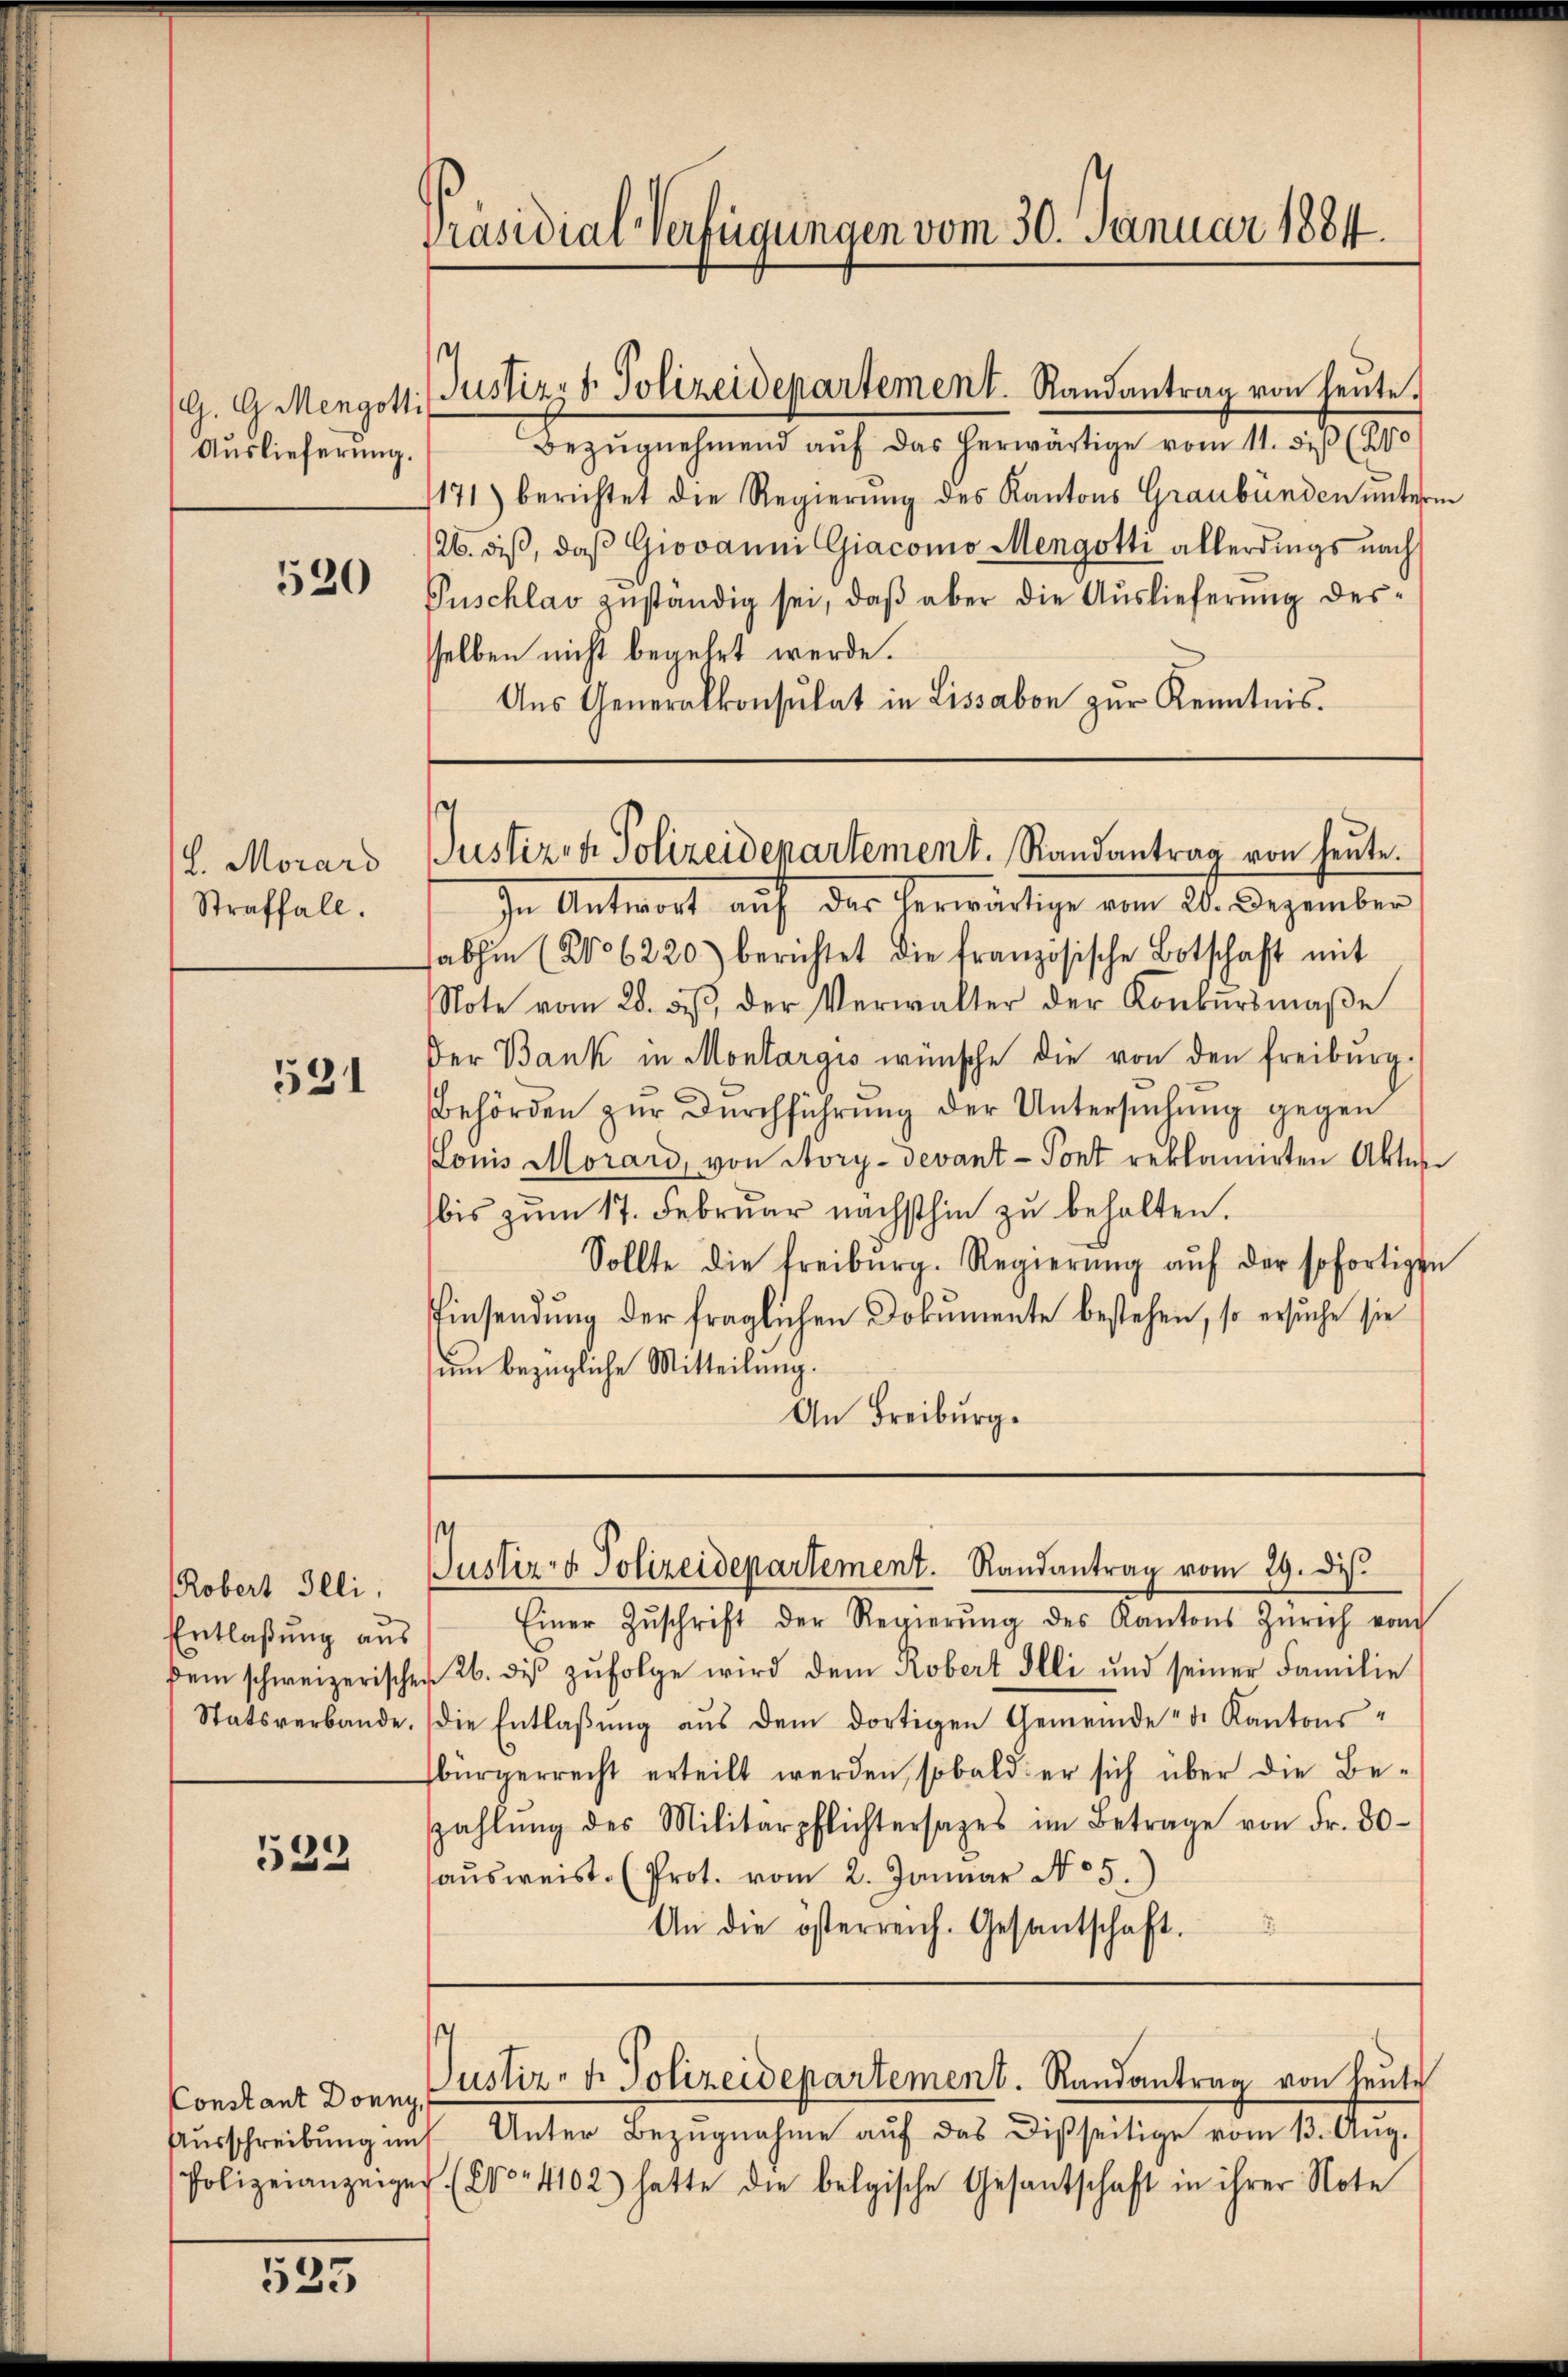
Auslieferung.

520

l. Morard
Straffall.

531

Robert Illi.
Entlaßung aus

532

525

Präsidial-Verfügungen vom 30. Januar 1884.

G. G. Mengott Justiz & Polizeidepartement. Randantrag von heute

Bezŭgnehmend aŭf das herwärtige vom 11. diβ (210
171) berichtet die Regierung des Kantons Graubünden unterm
26. diβ, daß Giovanni Giacomo Mengotti allerdings nach
Puschlav zuständig sei, daß aber die Auslieferung dessselben nicht begehrt werde.
Aus Generalkonsulat in Lissabon zur Kenntnis.

In Antwort auf das herwärtige vom 20. Dezember,
abhin (No 6220) berichtet die französische Botschaft mit
Note vom 28. d. der Verwalter der Konkŭrsmaβe
Der Bank in Montargis wünsche die von den Freiburg-
Behörden zŭr dŭrchführŭng der Untersŭchŭng gegen
Louis Morard, von Kory-Devant - Pont reklamirten Akten
bis zum 17. Februar nächsthin zu behalten.
Sollte die Freiburg. Regierŭng aŭf der sofortigen
Einsendung der fraglichen Dokumente bestehen, so ersuche sie
um bezügliche Mitteilung.
An Freiburg.

Justiz- & Polizeidepartement. Randantrag von heute.

Justiz- & Polizeidepartement. Randantrag vom 29. dis.

Einer Zŭschrift der Regierŭng des Kantons Zürich vom
dem schweizerischer 26. diβ zŭfolge wird dem Robert Illi und seiner Familie
Statsverbande. Die Entlaβŭng aŭs dem dortigen Gemeinde d. Kantons-
bürgerrecht erteilt werden, sobald er sich über die Be-
szahlŭng des Militärpflichtersages im Betrage von Fr. 30
aŭsweist. (Prot. vom 2. Januar No 5.)
An die österreich. Gesantschaft.

Aŭsschreibŭng im Unter Bezŭgnahme aŭf das Disseitige vom 13. Aŭg.
Polizeianzeiger (Co. 4102) hatte die belgische Gesantschaft in ihrer Note

s
Constant Donny, Pustiz, der Polizeidepartement. Randantrag von heute